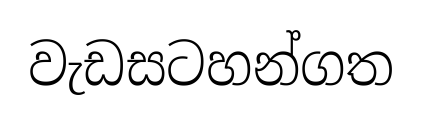
වැඩසටහන්ගත